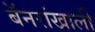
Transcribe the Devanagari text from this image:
बॅनरांखाली